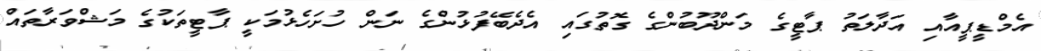
އެމްޑީޕީއާއި އަދާލަތު ޕާޓީގެ މަންދޫބުންގެ ގޮތުގައި އެދެބޭފުޅުންގެ ނަން ހުށަހެޅުމަކީ ޕާޓީތަކުގެ މަޝްވަރާތައް